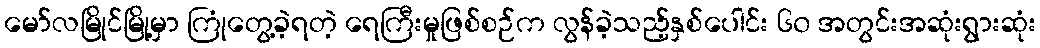
မော်လမြိုင်မြို့မှာ ကြုံတွေ့ခဲ့ရတဲ့ ရေကြီးမှုဖြစ်စဉ်က လွန်ခဲ့သည့်နှစ်ပေါင်း ၆၀ အတွင်းအဆုံးရွားဆုံး